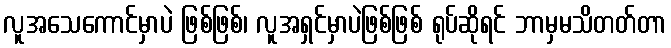
လူအသေကောင်မှာပဲ ဖြစ်ဖြစ်၊ လူအရှင်မှာပဲဖြစ်ဖြစ် ရုပ်ဆိုရင် ဘာမှမသိတတ်တာ